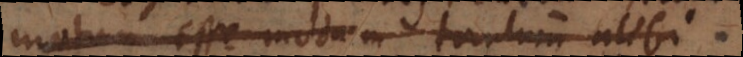
motum esse modum tantum alibi